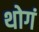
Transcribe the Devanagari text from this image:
थोगं